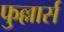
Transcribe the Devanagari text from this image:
फुल्लार्स